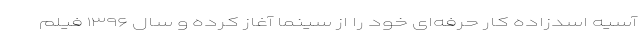
آسیه اسدزاده کار حرفه‌ای خود را از سینما آغاز کرده و سال ۱۳۹۶ فیلم